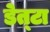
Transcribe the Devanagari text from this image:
डेत्टा